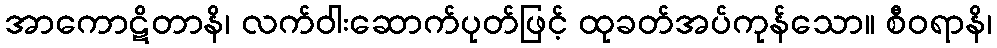
အာကောဋိတာနိ၊ လက်ဝါးဆောက်ပုတ်ဖြင့် ထုခတ်အပ်ကုန်သော။ စီဝရာနိ၊